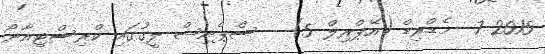
2015 7  މެޑްރިޑް (އޭޕްރިލް 5) - ސްޕެނިޝް ލީގުގައި ކްރިސްޓިއާނޯ